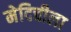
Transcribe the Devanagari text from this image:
मेदिचीला